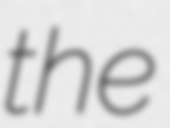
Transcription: the